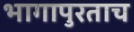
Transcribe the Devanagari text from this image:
भागापुरताच